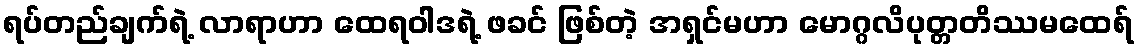
ရပ်တည်ချက်ရဲ့ လာရာဟာ ထေရဝါဒရဲ့ ဖခင် ဖြစ်တဲ့ အရှင်မဟာ မောဂ္ဂလိပုတ္တတိဿမထေရ်